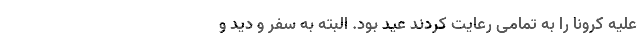
علیه کرونا را به تمامی رعایت کردند عید بود. البته به سفر و دید و